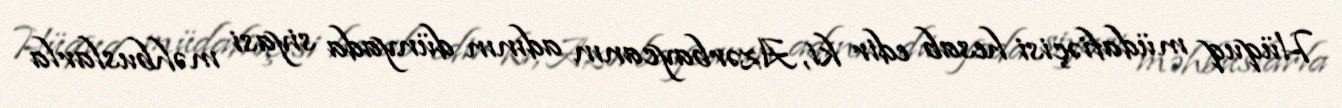
Hüquq müdafiəçisi hesab edir ki, Azərbaycanın adının dünyada siyasi məhbuslarla